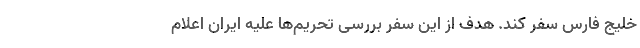
خلیج فارس سفر کند. هدف از این سفر بررسی تحریم‌ها علیه ایران اعلام